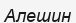
Алешин